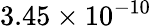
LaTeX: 3.45\times 10^{-10}